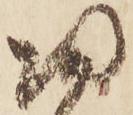
帰